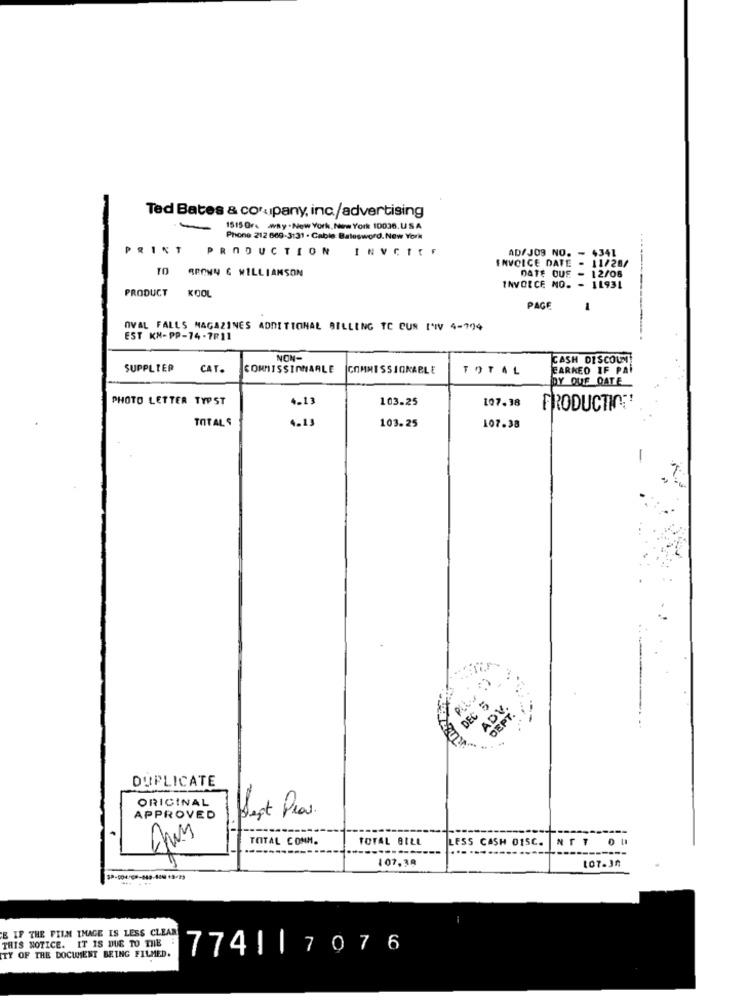
Ted Bates & corpany, inc./advertising
1515Ore way - New York, New York 10036.USA
Phone 212 669-3131 . Cable Batesword. New York
PRINT
PRODUCTION
INVCIEF
AD/JO9 NO. - 4341
TO
BROWN 6 WILLIAMSON
INVOICE DATE - 11/28/
DATE CUE - 12/08
INVOICE NO. - 11931
PRODUCT KOOL
PAGE
1
OVAL FALLS MAGAZINES ADDITIONAL BILLING TC CUR I'IV 4-794
EST KN- PP-74-7R11
NON-
CASH DISCOUM
SUPPLIER
CAT.
COMMISSIONARLE
COMMISSIONABLE
TOTAL
EARKEO IF PA
DY QUE QATE
PHOTO LETTER TYPST
4.13
103.25
107.38
PRODUCTION
TOTAL $
4.13
103.25
107.38
-
DEC 5
ADV
DEPT.
DUPLICATE
ORIGINAL
APPROVED Sept Plas.
TOTAL COMM.
TOTAL BILL
LESS CASH DISC. ATT OU
107,38
107.34
E IF THE FILM IMAGE IS LESS CLEAR
THIS NOTICE. IT IS DUE TO THE :774||7076
TY OF THE DOCUMENT BEING FILMED.